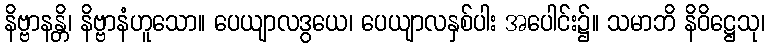
နိဗ္ဗာနန္တိ၊ နိဗ္ဗာနံဟူသော။ ပေယျာလဒွယေ၊ ပေယျာလနှစ်ပါး အပေါင်း၌။ သမာဘိ နိဝိဋ္ဌေသု၊